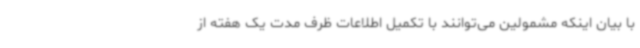
با بیان اینکه مشمولین می‌توانند با تکمیل اطلاعات ظرف مدت یک هفته از